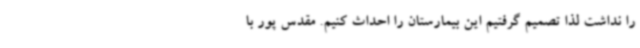
را نداشت لذا تصمیم گرفتیم این بیمارستان را احداث کنیم. مقدس پور با